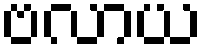
ဗလာယ